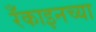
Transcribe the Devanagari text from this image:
रँकाइनच्या